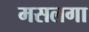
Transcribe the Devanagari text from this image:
मसलगा